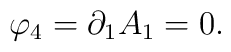
\varphi _{4}=\partial _{1}A_{1}=0.